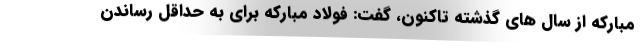
مبارکه از سال های گذشته تاکنون، گفت: فولاد مبارکه برای به حداقل رساندن